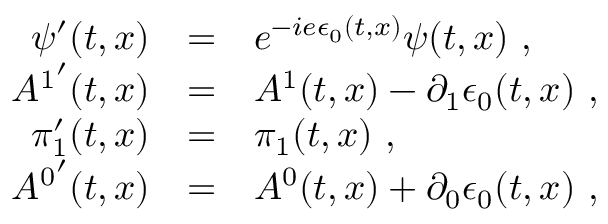
\begin{array} { r c l } { { \psi ^ { \prime } ( t , x ) } } & { { = } } & { { e ^ { - i e \epsilon _ { 0 } ( t , x ) } \psi ( t , x ) \ , } } \\ { { { A ^ { 1 } } ^ { \prime } ( t , x ) } } & { { = } } & { { A ^ { 1 } ( t , x ) - \partial _ { 1 } \epsilon _ { 0 } ( t , x ) \ , } } \\ { { \pi _ { 1 } ^ { \prime } ( t , x ) } } & { { = } } & { { \pi _ { 1 } ( t , x ) \ , \ } } \\ { { { A ^ { 0 } } ^ { \prime } ( t , x ) } } & { { = } } & { { A ^ { 0 } ( t , x ) + \partial _ { 0 } \epsilon _ { 0 } ( t , x ) \ , } } \end{array}